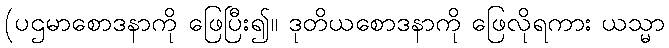
(ပဌမာစောဒနာကို ဖြေပြီး၍။ ဒုတိယစောဒနာကို ဖြေလိုရကား ယသ္မာ